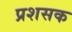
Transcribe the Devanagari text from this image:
प्रशसक